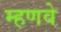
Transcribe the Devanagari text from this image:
म्हणवे